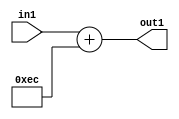
`timescale 1ps / 1ps
/*****************************************************************************
    Verilog RTL Description
    
    
    Created by: Stratus DpOpt 2019.1.01 
*******************************************************************************/

module DC_Filter_Add_12U_59_1 (
	in1,
	out1
	); /* architecture "behavioural" */ 
input [11:0] in1;
output [11:0] out1;
wire [11:0] asc001;

assign asc001 = 
	+(in1)
	+(12'B000011101100);

assign out1 = asc001;
endmodule

/* CADENCE  urnySAo= : u9/ySgnWtBlWxVPRXgAZ4Og= ** DO NOT EDIT THIS LINE ******/